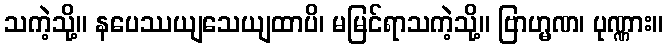
သကဲ့သို့။ နပေဿယျသေယျထာပိ၊ မမြင်ရာသကဲ့သို့။ ဗြာဟ္မဏ၊ ပုဏ္ဏား။